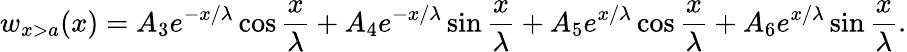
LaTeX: w_{x>a}(x)=A_{3}e^{-x/\lambda}\cos{\frac{x}{\lambda}}+A_{4}e^{-x/\lambda}\sin{\frac{x}{\lambda}}+A_{5}e^{x/\lambda}\cos{\frac{x}{\lambda}}+A_{6}e^{x/\lambda}\sin{\frac{x}{\lambda}}.